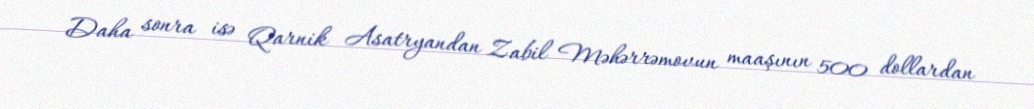
Daha sonra isə Qarnik Asatryandan Zabil Məhərrəmovun maaşının 500 dollardan